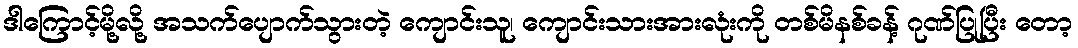
ဒါကြောင့်မို့လို့ အသက်ပျောက်သွားတဲ့ ကျောင်းသူ၊ ကျောင်းသားအားလုံးကို တစ်မိနစ်ခန့် ဂုဏ်ပြုပြီး တော့